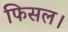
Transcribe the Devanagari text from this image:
फिसल।